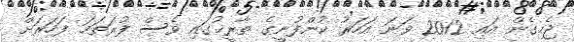
ޖެހިގެން އައި 2012 ވަނަ އަހަރު ކުންފުނީގެ ތާރީޚުގައި ވެސް ފުރަތަމަ ފަހަރަށް